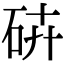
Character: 𥑾